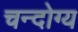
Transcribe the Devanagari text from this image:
चन्दोग्य